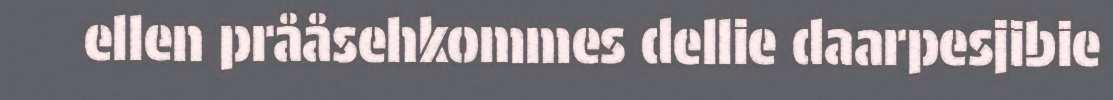
ellen prååsehkommes dellie daarpesjibie